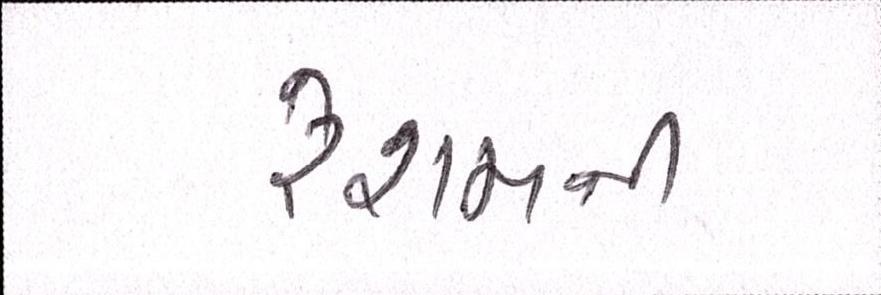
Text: રેશમની